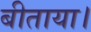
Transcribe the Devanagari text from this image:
बीताया।